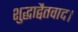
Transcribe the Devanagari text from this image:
शुद्धाद्वैतवाद।